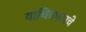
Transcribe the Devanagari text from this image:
याचित्रपटाचे